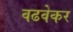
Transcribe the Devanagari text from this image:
वढवेकर